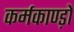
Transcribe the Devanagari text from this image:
कर्मकाण्ड़ों